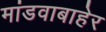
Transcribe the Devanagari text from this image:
मांडवाबाहेर